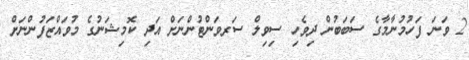
2 ވަނަ ފަހުމުނާމާގެ ސަބަބުން ދިވެހި ސިވިލް ސަރވަންޓުންނަށް އަދި ކޮމިޝަނުގެ މުވައްޒަފުންނަށް